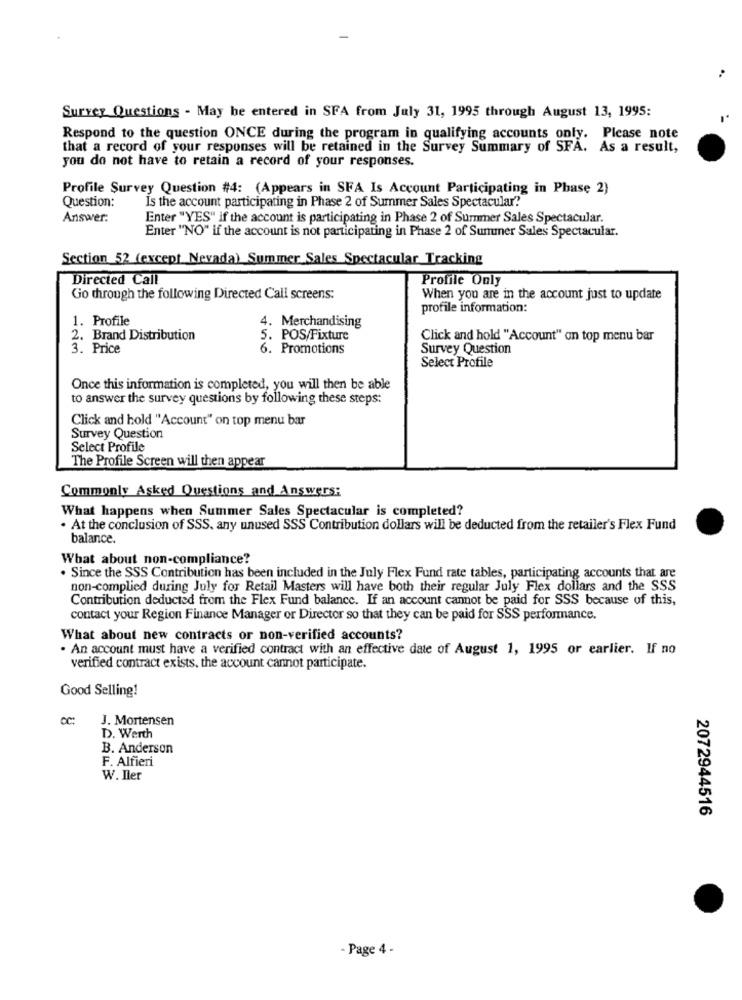
Surrey Questions - May be entered in SFA from July 31, 1995 through August 13, 1995:
Respond to the question ONCE during the program in qualifying accounts only. Please note
that a record of your responses will be retained in the Survey Summary of SFA. As a result,
you do not have to retain a record of your responses.
Profile Survey Question #4: (Appears in SFA Is Account Participating in Phase 2)
Question:
Is the account participating in Phase 2 of Summer Sales Spectacular?
Answer:
Enter "YES" if the account is participating in Phase 2 of Summer Sales Spectacular.
Enter "NO" if the account is not participating in Phase 2 of Summer Sales Spectacular.
Section 52 (except_Nevada)_Summer Sales Spectacular Tracking
Directed Call
Profile Only
Go through the following Directed Call screens:
When you are in the account just to update
profile information:
1. Profile
4. Merchandising
2. Brand Distribution
5. POS/Fixture
Click and hold "Account" on top menu bar
3. Price
6. Promotions
Survey Question
Select Profile
Once this information is completed, you will then be able
to answer the survey questions by following these steps:
Click and hold "Account" on top menu bar
Survey Question
Select Profile
The Profile Screen will then appear
Commonly Asked Questions and Answers:
What happens when Summer Sales Spectacular is completed?
. At the conclusion of SSS. any unused SSS Contribution dollars will be deducted from the retailer's Flex Fund
balance.
What about non-compliance?
. Since the SSS Contribution has been included in the July Flex Fund rate tables, participating accounts that are
non-complied during July for Retail Masters will have both their regular July Flex dollars and the SSS
Contribution deducted from the Flex Fund balance. If an account cannot be paid for SSS because of this,
contact your Region Finance Manager or Director so that they can be paid for SSS performance.
What about new contracts or non-verified accounts?
An account must have a verified contract with an effective date of August 1, 1995 or earlier. If no
verified contract exists, the account cannot participate.
Good Selling!
OC:
J. Mortensen
D. Werth
B. Anderson
F. Alfieri
W. Iler
2072944516
- Page 4 -